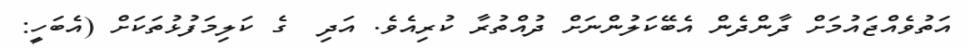
އަތުވެއްޖައުމަށް ދާންދެން އެބޭކަލުންނަށް ދުއްތުރާ ކުރިއެވެ. އަދި  ގެ ކަލިމަފުޅުތަކަށް (އެބަހީ: